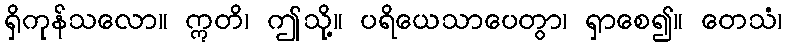
ရှိကုန်သလော။ ဣတိ၊ ဤသို့။ ပရိယေသာပေတွာ၊ ရှာစေ၍။ တေသံ၊